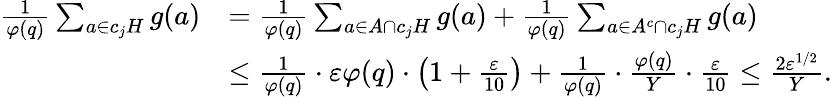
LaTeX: \begin{array}{rl}{\frac{1}{\varphi(q)}\sum_{a\in c_{j}H}g(a)}&{=\frac{1}{\varphi(q)}\sum_{a\in A\cap c_{j}H}g(a)+\frac{1}{\varphi(q)}\sum_{a\in A^{c}\cap c_{j}H}g(a)}\\ &{\leq\frac{1}{\varphi(q)}\cdot\varepsilon\varphi(q)\cdot\left(1+\frac{\varepsilon}{10}\right)+\frac{1}{\varphi(q)}\cdot\frac{\varphi(q)}{Y}\cdot\frac{\varepsilon}{10}\leq\frac{2\varepsilon^{1/2}}{Y}.}\end{array}